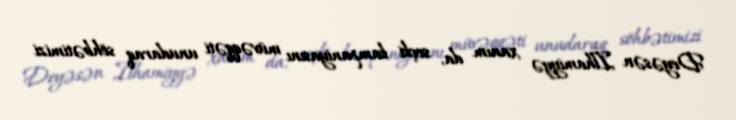
Deyəsən İlhamiyyə xanım da, seçki kampaniyasını müvəqqəti unudaraq söhbətimizi